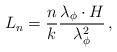
LaTeX: \begin{align*}L_{n}=\frac{n}{k}\frac{\lambda _{\phi }\cdot H}{\lambda _{\phi }^{2}}\, ,\end{align*}